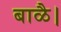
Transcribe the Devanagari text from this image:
बाळै।